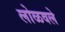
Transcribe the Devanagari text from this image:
लोळवले